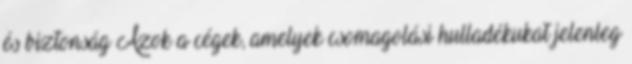
és biztonság Azok a cégek, amelyek csomagolási hulladékukat jelenleg